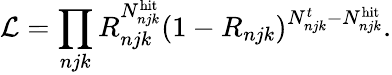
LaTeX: \mathcal{L}=\prod_{njk}{R_{njk}^{N_{njk}^{\mathrm{hit}}}(1-R_{njk})^{N_{njk}^{t}-N_{njk}^{\mathrm{hit}}}}.